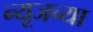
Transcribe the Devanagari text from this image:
न्यूजच्या